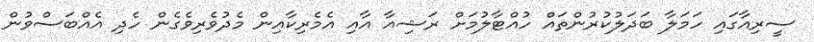
ސީރިއާގައި ހަމަލާ ބަދަލުކުރުންތައް ހުއްޓާލުމަށް ރަޝިއާ އާއި އެމެރިކާއިން މެދުވެރިވެގެން ހެދި އެއްބަސްވުން